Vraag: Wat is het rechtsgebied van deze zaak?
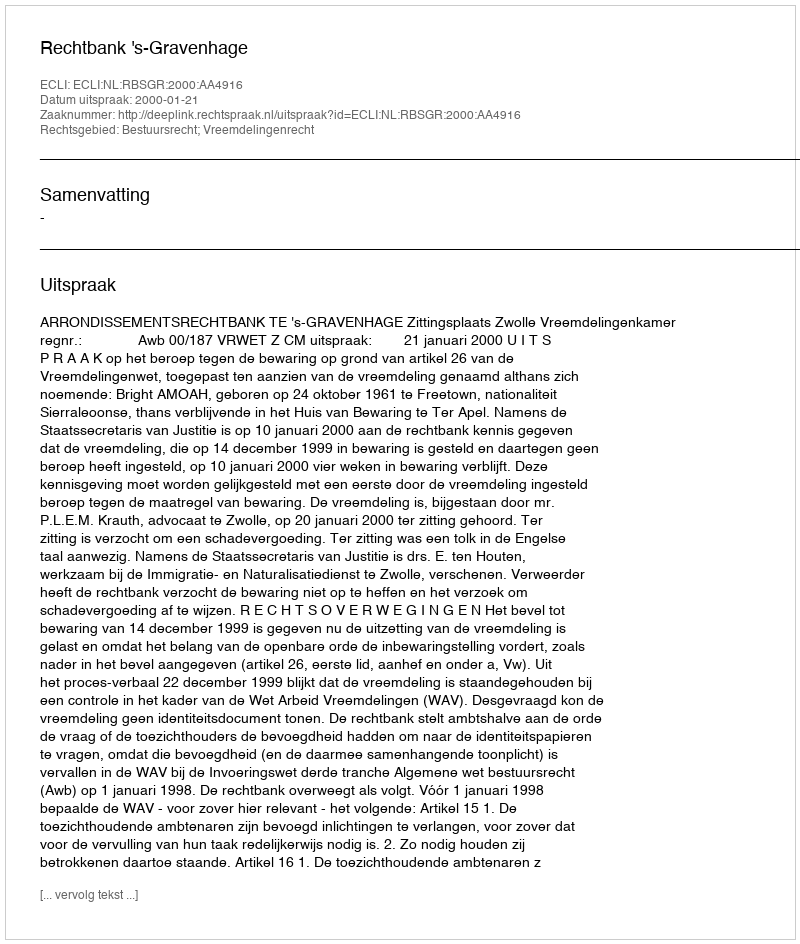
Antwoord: Bestuursrecht; Vreemdelingenrecht